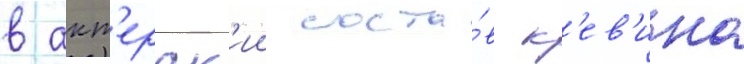
в акт'ерск'ии соста́в к'ев'ина